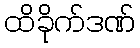
ထိခိုက်ဒဏ်